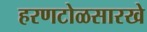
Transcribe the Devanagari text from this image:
हरणटोळसारखे